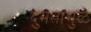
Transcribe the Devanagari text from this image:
दुमतामुळे